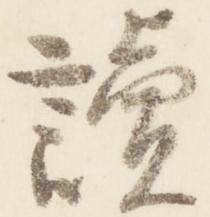
読